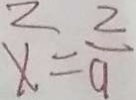
x ^ { 2 } = \frac { 2 } { 9 }